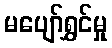
မပျော်ရွှင်မှု